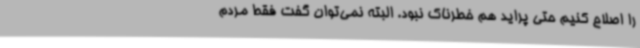
را اصلاح کنیم حتی پراید هم خطرناک نبود. البته نمی‌توان گفت فقط مردم